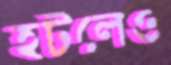
হটলেও